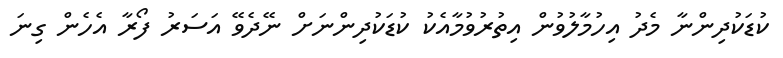
ކުޑަކުދިންނާ މެދު އިހުމާލުވުން އިތުރުވުމާއެކު ކުޑަކުދިންނަށް ނޭދެވޭ އަސަރު ފޯރާ އެހެން ގިނަ